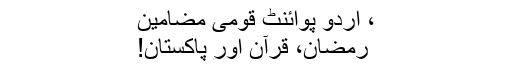
، اُردو پوائنٹ قومی مضامین
رمضان، قرآن اور پاکستان!